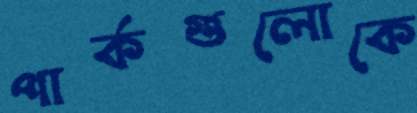
পার্কগুলোকে